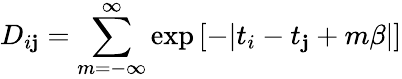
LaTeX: D_{i\mathbf{j}}=\sum_{m=-\infty}^{\infty}\exp\left[-|t_{i}-t_{\mathbf{j}}+m\beta|\right]